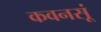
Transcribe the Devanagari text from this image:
कवनसूं